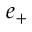
e _ { + }